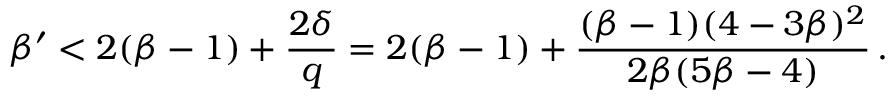
\beta ^ { \prime } < 2 ( \beta - 1 ) + \frac { 2 \delta } { q } = 2 ( \beta - 1 ) + \frac { ( \beta - 1 ) ( 4 - 3 \beta ) ^ { 2 } } { 2 \beta ( 5 \beta - 4 ) } \, .